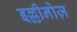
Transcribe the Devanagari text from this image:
इल्लीनोज़